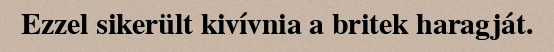
Ezzel sikerült kivívnia a britek haragját.